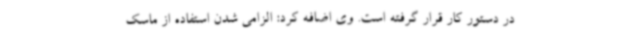
در دستور کار قرار گرفته است. وی اضافه کرد: الزامی شدن استفاده از ماسک